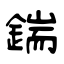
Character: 鍴